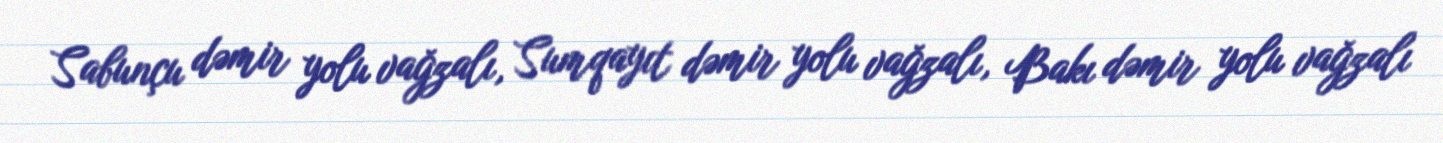
Sabunçu dəmir yolu vağzalı, Sumqayıt dəmir yolu vağzalı, Bakı dəmir yolu vağzalı